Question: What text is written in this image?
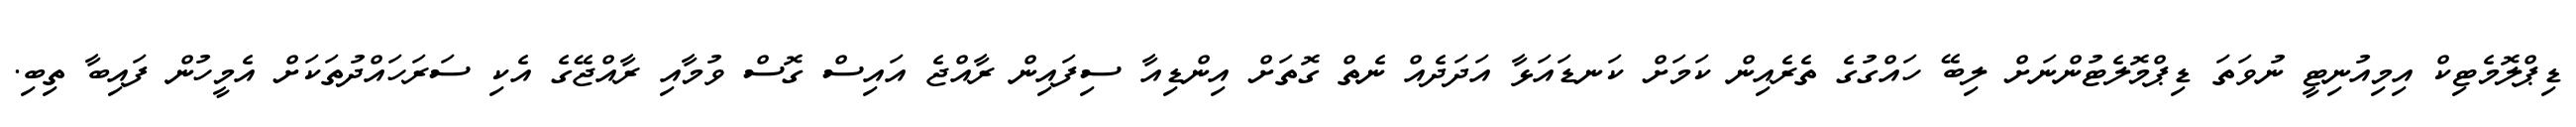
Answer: ޑިޕްލޮމެޓިކް އިމިއުނިޓީ ނުވަތަ ޑިޕްމޮލެޓުންނަށް ލިބޭ ހައްގުގެ ތެރެއިން ކަމަށް ކަނޑައަޅާ އަދަދެއް ނެތް ގޮތަށް އިންޑިއާ ސިފައިން ރާއްޖެ އައިސް ގޮސް ވުމާއި ރާއްޖޭގެ އެކި ސަރަހައްދުތަކަށް އެމީހުން ފައިބާ ތިބި.